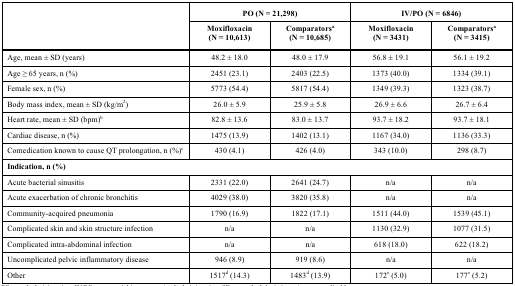
| <ROWSPAN=2>  | <COLSPAN=2> PO (N = 21,298) | <COLSPAN=2> IV/PO (N = 6846) |
 | Moxifloxacin(N = 10,613) | Comparatorsa(N = 10,685) | Moxifloxacin(N = 3431) | Comparatorsa(N = 3415) |
 | --- | --- | --- | --- | --- |
 | Age, mean ±SD (years) | 48.2 ± 18.0 | 48.0 ± 17.9 | 56.8 ± 19.1 | 56.1 ± 19.2 |
 | Age ≥ 65years, n (%) | 2451 (23.1) | 2403 (22.5) | 1373 (40.0) | 1334 (39.1) |
 | Female sex,n (%) | 5773 (54.4) | 5817 (54.4) | 1349 (39.3) | 1323 (38.7) |
 | Body massindex, mean ± SD (kg/m2) | 26.0 ± 5.9 | 25.9 ± 5.8 | 26.9 ± 6.6 | 26.7 ± 6.4 |
 | Heart rate,mean ± SD (bpm)b | 82.8 ± 13.6 | 83.0 ± 13.7 | 93.7 ± 18.2 | 93.7 ± 18.1 |
 | Cardiacdisease, n (%) | 1475 (13.9) | 1402 (13.1) | 1167 (34.0) | 1136 (33.3) |
 | Comedicationknown to cause QT prolongation, n (%)c | 430 (4.1) | 426 (4.0) | 343 (10.0) | 298 (8.7) |
 | <COLSPAN=5> Indication, n (%) |
 | Acutebacterial sinusitis | 2331 (22.0) | 2641 (24.7) | n/a | n/a |
 | Acuteexacerbation of chronic bronchitis | 4029 (38.0) | 3820 (35.8) | n/a | n/a |
 | Community-acquired pneumonia | 1790 (16.9) | 1822 (17.1) | 1511 (44.0) | 1539 (45.1) |
 | Complicatedskin and skin structure infection | n/a | n/a | 1130 (32.9) | 1077 (31.5) |
 | Complicatedintra-abdominal infection | n/a | n/a | 618 (18.0) | 622 (18.2) |
 | Uncomplicated pelvic inflammatory disease | 946 (8.9) | 919 (8.6) | n/a | n/a |
 | Other | 1517d (14.3) | 1483d (13.9) | 172e (5.0) | 177e (5.2) |